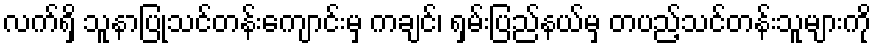
လက်ရှိ သူနာပြုသင်တန်းကျောင်းမှ ကချင်၊ ရှမ်းပြည်နယ်မှ တပည့်သင်တန်းသူများကို